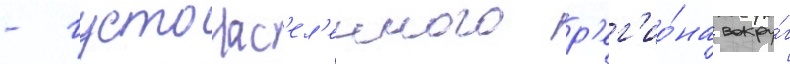
- густонас'ел'енного р'ег'ио́на вокру́г